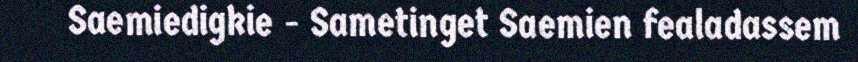
Saemiedigkie - Sametinget Saemien fealadassem